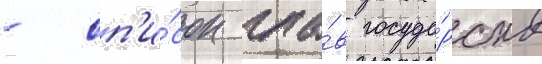
- сп'и́сок гла́в госуда́рств